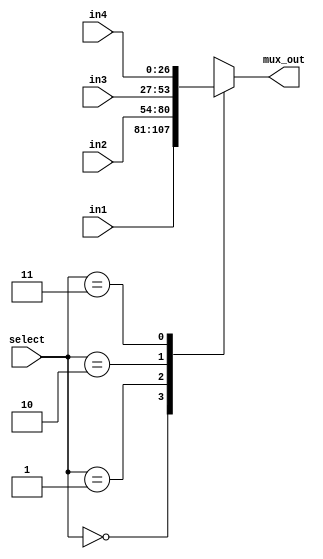
`timescale 1ns / 1ps
//////////////////////////////////////////////////////////////////////////////////
// Company: 
// Engineer: 
// 
// Design Name: 
// Module Name: mux_4to1
// Project Name: 
// Target Devices: 
// Tool Versions: 
// Description: 
// 
// Dependencies: 
// 
// Revision:
// Revision 0.01 - File Created
// Additional Comments:
// 
//////////////////////////////////////////////////////////////////////////////////


module mux_4to1(in1, in2, in3, in4, select, mux_out);
    input [26:0] in1, in2, in3, in4;
    input [1:0] select;
    output reg [26:0] mux_out;
        
    always @ (*) begin
        case (select)
            2'b00: mux_out <= in1;
            2'b01: mux_out <= in2;
            2'b10: mux_out <= in3;
            2'b11: mux_out <= in4;
        endcase
    end //always  
    
endmodule